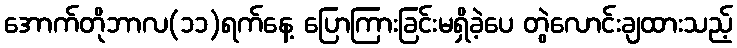
အောက်တိုဘာလ(၁၁)ရက်နေ့ ပြောကြားခြင်းမရှိခဲ့ပေ တွဲလောင်းချထားသည့်